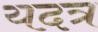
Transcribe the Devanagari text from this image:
यदत्र